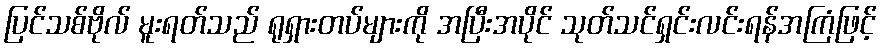
ပြင်သစ်ဗိုလ် မူးရတ်သည် ရုရှားတပ်များကို အပြီးအပိုင် သုတ်သင်ရှင်းလင်းရန်အကြံဖြင့်